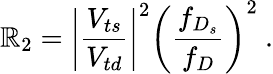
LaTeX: \mathbb{R}_{2}=\left|{\frac{{V_{ts}}}{{V_{td}}}}\right|^{2}\left({\frac{{f_{D_{s}}}}{{f_{D}}}}\right)^{2}~.